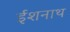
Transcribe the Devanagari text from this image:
ईशनाथ